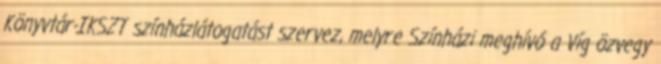
Könyvtár-IKSZT színházlátogatást szervez, melyre Színházi meghívó a Víg özvegy